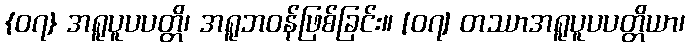
{၀၇} အရူပူပပတ္တိ၊ အရူဘဝန်ဖြစ်ခြင်း။ [၀၇] တဿာအရူပူပပတ္တိယာ၊